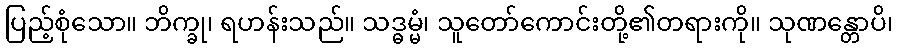
ပြည့်စုံသော။ ဘိက္ခု၊ ရဟန်းသည်။ သဒ္ဓမ္မံ၊ သူတော်ကောင်းတို့၏တရားကို။ သုဏန္တောပိ၊